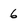
Character: 6